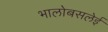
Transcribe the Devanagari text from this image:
भालोबसलेई